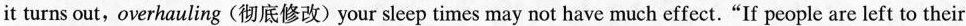
it turns out, overhauling (彻底修改) your sleep times may not have much effect. “If people are left to their